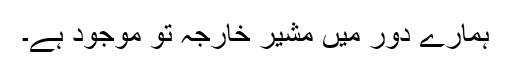
ہمارے دور میں مشیر خارجہ تو موجود ہے۔